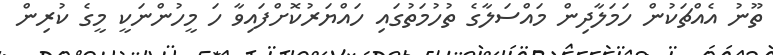
ތޫނު އެއްޗަކުން ހަމަލާދިން މައްސަލާގެ ތުހުމަތުގައި ހައްޔަރުކޮށްފައިވާ ހަ މީހުންނަކީ މީގެ ކުރިން